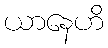
ယာနေဟိ